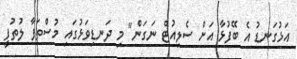
އަޅުގަނޑު އެ ބޭފުޅާ އަށް ސެލިއުޓް ނަގަން" މި ދަނޑިވަޅުގައި މުސްތަފާ ލުތުފީ